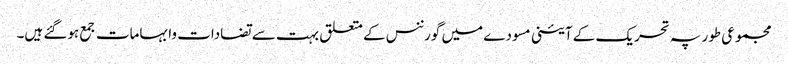
مجموعی طور پہ تحریک کے آئینی مسودے میں گورننس کے متعلق بہت سے تضادات وابہامات جمع ہوگئے ہیں۔